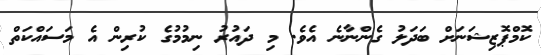
ކޮމްޕޮޒިޝަނަށް ބަދަލު ގެންނާނެ އެވެ. މި ދައުރު ނިމުމުގެ ކުރިން އެ މަސައްކަތް